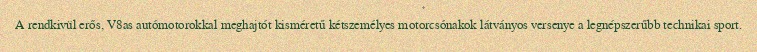
A rendkivül erős, V8as autómotorokkal meghajtót kisméretű kétszemélyes motorcsónakok látványos versenye a legnépszerűbb technikai sport.